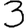
Digit: 3